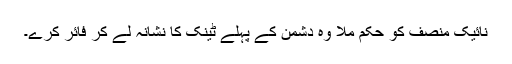
نائیک منصف کو حکم ملا وہ دشمن کے پہلے ٹینک کا نشانہ لے کر فائر کرے۔